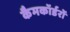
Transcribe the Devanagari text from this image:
कैमकॉर्डरों